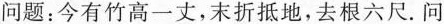
问题：今有竹高一丈，末折抵地，去根六尺.问